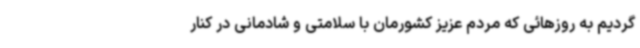
گردیم به روزهائی که مردم عزیز کشورمان با سلامتی و شادمانی در کنار